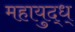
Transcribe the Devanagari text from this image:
महायुद्ध्